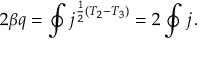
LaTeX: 2 \beta q = \oint j ^ { \frac { 1 } { 2 } ( T _ { 2 } - T _ { 3 } ) } = 2 \oint j \, .